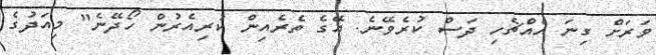
ވަރަށް ގިނަ އެއްޗެހި ދަސް ކުރެވޭނެ. އޭގެ ތެރެއިން ކުރިއެރުން ހޯދޭނެ" މިއަދުގެ